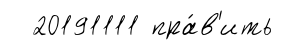
20191111 пра́в'ить